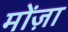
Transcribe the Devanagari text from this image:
मोंज़ा